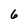
Character: 6